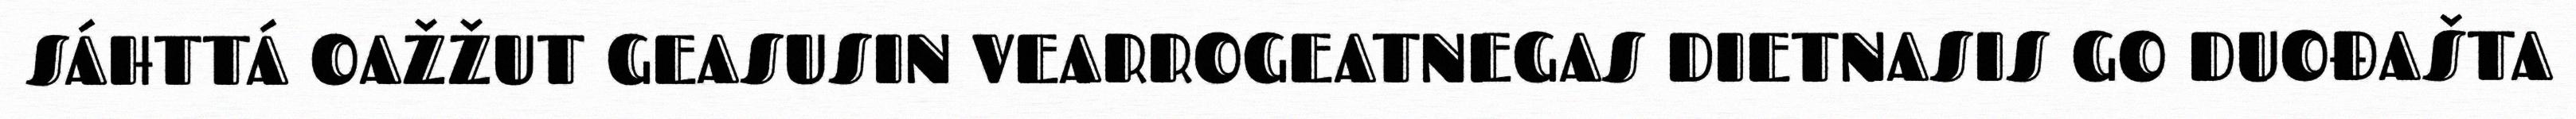
SÁHTTÁ OAŽŽUT GEASUSIN VEARROGEATNEGAS DIETNASIS GO DUOĐAŠTA